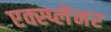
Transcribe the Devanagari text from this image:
एक्स्प्लेनर